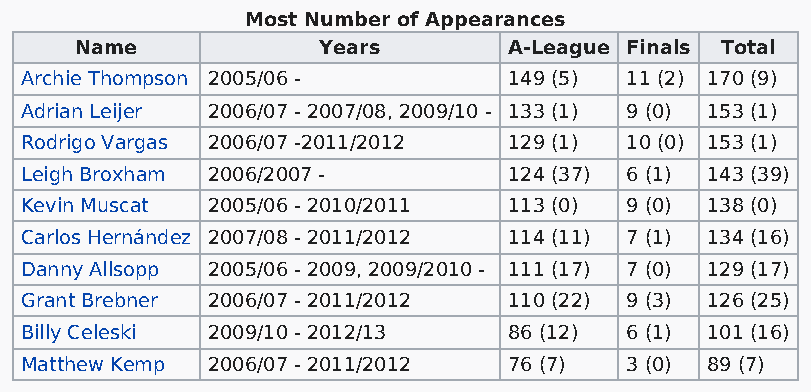
Most Number of Appearances
 Name            Years        A-League Finals Total
 Archie Thompson 2005/06 -        149 (5) 11 (2) 170 (9)
 Adrian Leijer 2006/07 - 2007/08, 2009/10 - 133 (1) 9 (0) 153 (1)
 Rodrigo Vargas 2006/07 -2011/2012 129 (1) 10 (0) 153 (1)
 Leigh Broxham 2006/2007 -        124 (37) 6 (1) 143 (39)
 Kevin Muscat 2005/06 - 2010/2011 113 (0) 9 (0) 138 (0)
 Carlos Hernández 2007/08 - 2011/2012 114 (11) 7 (1) 134 (16)
 Danny Allsopp 2005/06 - 2009, 2009/2010 - 111 (17) 7 (0) 129 (17)
 Grant Brebner 2006/07 - 2011/2012 110 (22) 9 (3) 126 (25)
 Billy Celeski 2009/10 - 2012/13  86 (12) 6 (1) 101 (16)
 Matthew Kemp 2006/07 - 2011/2012 76 (7) 3 (0) 89 (7)